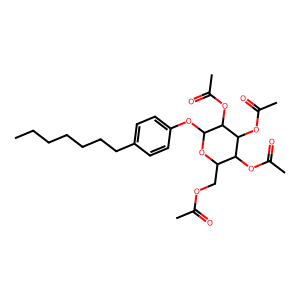
SMILES: CCCCCCCc1ccc(OC2OC(COC(C)=O)C(OC(C)=O)C(OC(C)=O)C2OC(C)=O)cc1
Inhibits HIV replication: No